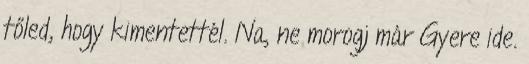
tőled, hogy kimentettél. Na, ne morogj már Gyere ide.